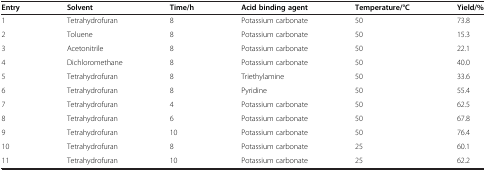
<table><thead><tr><td><b>Entry</b></td><td><b>Solvent</b></td><td><b>Time/h</b></td><td><b>Acid binding agent</b></td><td><b>Temperature/°C</b></td><td><b>Yield/%</b></td></tr></thead><tbody><tr><td>1</td><td>Tetrahydrofuran</td><td>8</td><td>Potassium carbonate</td><td>50</td><td>73.8</td></tr><tr><td>2</td><td>Toluene</td><td>8</td><td>Potassium carbonate</td><td>50</td><td>15.3</td></tr><tr><td>3</td><td>Acetonitrile</td><td>8</td><td>Potassium carbonate</td><td>50</td><td>22.1</td></tr><tr><td>4</td><td>Dichloromethane</td><td>8</td><td>Potassium carbonate</td><td>50</td><td>40.0</td></tr><tr><td>5</td><td>Tetrahydrofuran</td><td>8</td><td>Triethylamine</td><td>50</td><td>33.6</td></tr><tr><td>6</td><td>Tetrahydrofuran</td><td>8</td><td>Pyridine</td><td>50</td><td>55.4</td></tr><tr><td>7</td><td>Tetrahydrofuran</td><td>4</td><td>Potassium carbonate</td><td>50</td><td>62.5</td></tr><tr><td>8</td><td>Tetrahydrofuran</td><td>6</td><td>Potassium carbonate</td><td>50</td><td>67.8</td></tr><tr><td>9</td><td>Tetrahydrofuran</td><td>10</td><td>Potassium carbonate</td><td>50</td><td>76.4</td></tr><tr><td>10</td><td>Tetrahydrofuran</td><td>8</td><td>Potassium carbonate</td><td>25</td><td>60.1</td></tr><tr><td>11</td><td>Tetrahydrofuran</td><td>10</td><td>Potassium carbonate</td><td>25</td><td>62.2</td></tr></tbody></table>